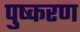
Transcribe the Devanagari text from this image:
पुष्करण